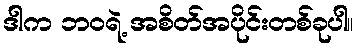
ဒါက ဘဝရဲ့ အစိတ်အပိုင်းတစ်ခုပါ။